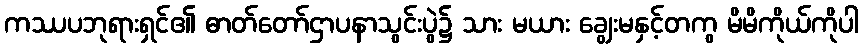
ကဿပဘုရားရှင်၏ ဓာတ်တော်ဌာပနာသွင်းပွဲ၌ သား မယား ချွေးမနှင့်တကွ မိမိကိုယ်ကိုပါ